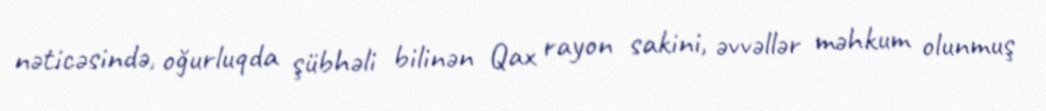
nəticəsində, oğurluqda şübhəli bilinən Qax rayon sakini, əvvəllər məhkum olunmuş